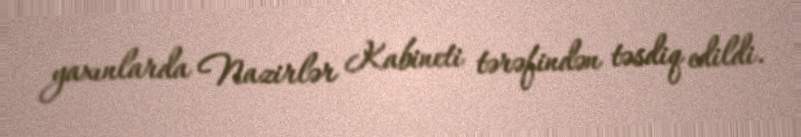
yaxınlarda Nazirlər Kabineti tərəfindən təsdiq edildi.